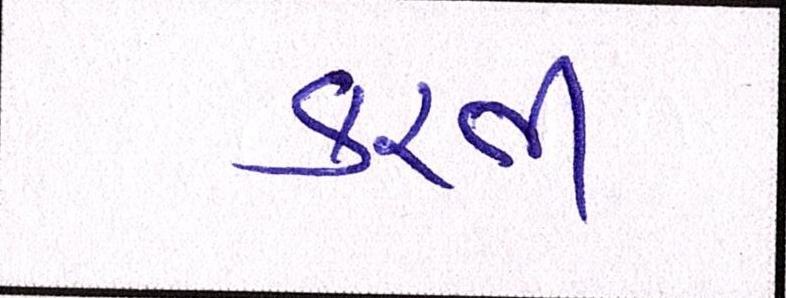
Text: કરતી